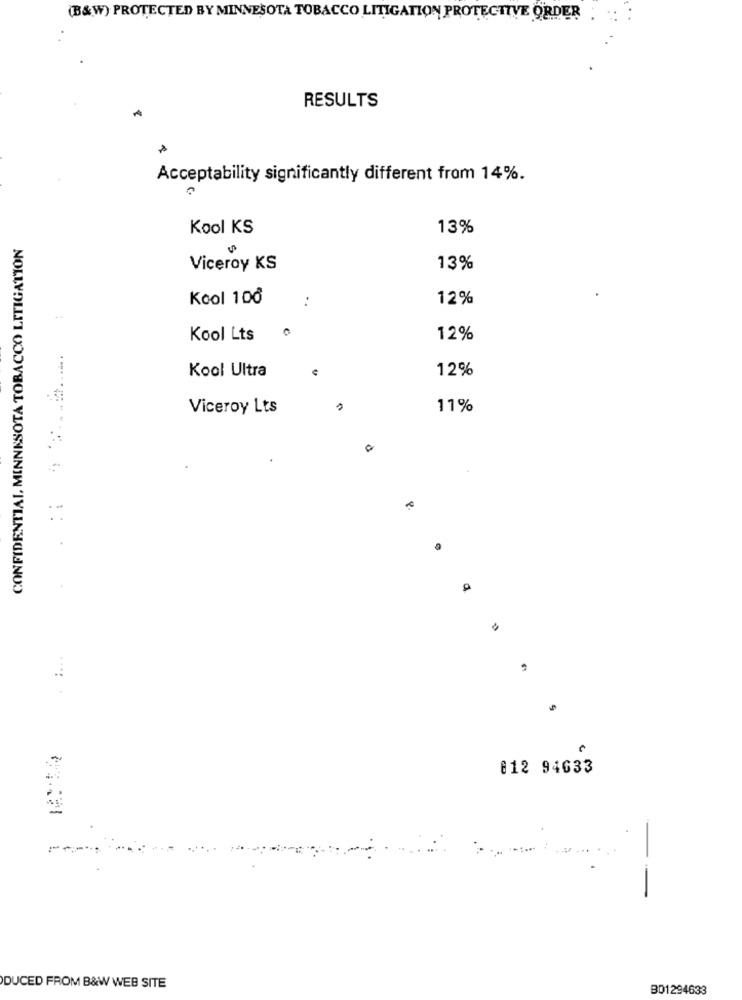
(B&W) PROTECTED BY MINNESOTA TOBACCO LITIGATION PROTECTIVE ORDER
RESULTS
Acceptability significantly different from 14%.
Kool KS
13%
CONFIDENTIAL, MINNESOTA TOBACCO LITIGATION
Viceroy KS
13%
Kool 100
:
12%
Kool Lts
12%
..........
Kool Ultra
12%
Viceroy Lts
11%
812 94633
--
DUCED FROM B&W WEB SITE
B01294633